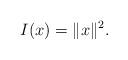
LaTeX: \begin{gather*}I(x)= \|x\|^2.\end{gather*}